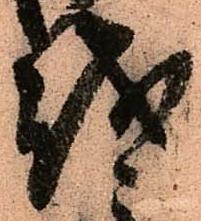
越